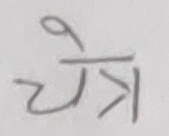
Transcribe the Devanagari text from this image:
चेत्र